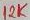
Text: 12K